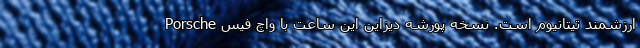
ارزشمند تیتانیوم است. نسخه‌ پورشه دیزاین این ساعت با واچ فیس Porsche